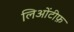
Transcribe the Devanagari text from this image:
लिओंटीफ़